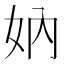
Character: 妠